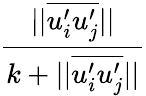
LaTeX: \frac{||\overline{{u_{i}^{\prime}u_{j}^{\prime}}}||}{k+||\overline{{u_{i}^{\prime}u_{j}^{\prime}}}||}